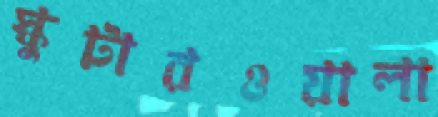
স্কুটারওয়ালা